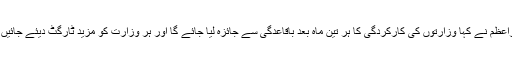
وزیرِاعظم نے کہا وزارتوں کی کارکردگی کا ہر تین ماہ بعد باقاعدگی سے جائزہ لیا جائے گا اور ہر وزارت کو مزید ٹارگٹ دیئے جائیں گے۔